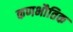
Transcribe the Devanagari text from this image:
कणभौतिक